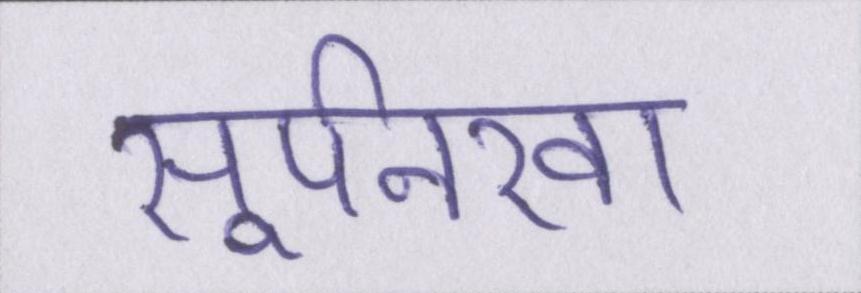
सूर्पनखा